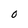
Character: 0